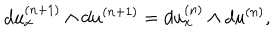
d u _ { x } ^ { ( n + 1 ) } \wedge d u ^ { ( n + 1 ) } = d u _ { x } ^ { ( n ) } \wedge d u ^ { ( n ) } ,